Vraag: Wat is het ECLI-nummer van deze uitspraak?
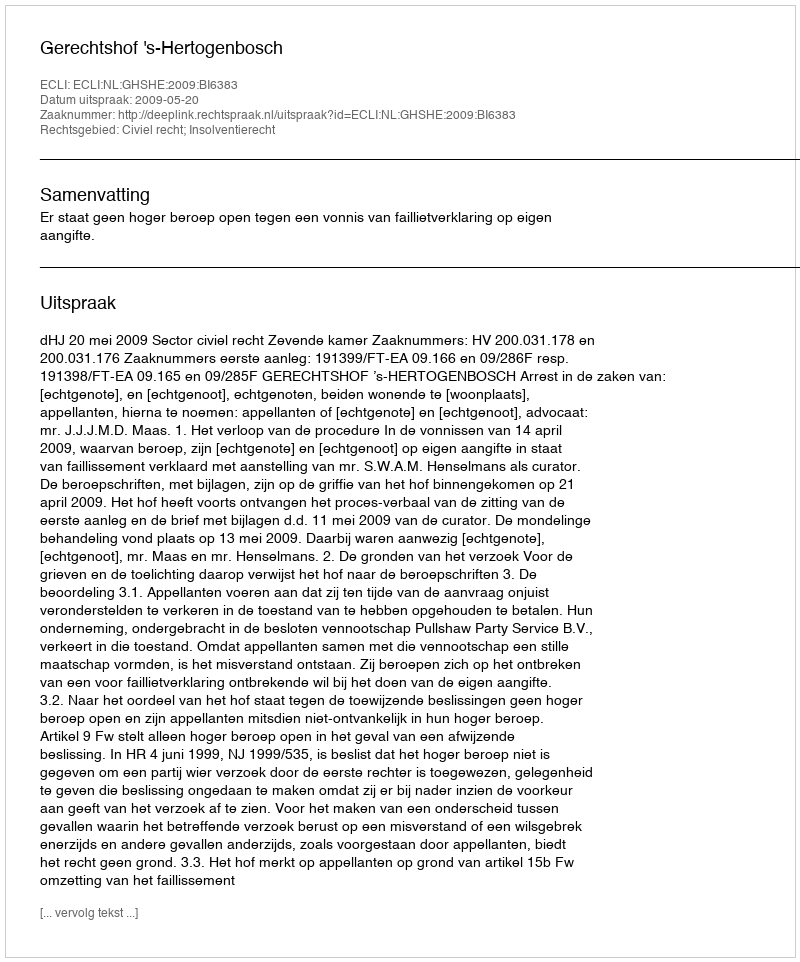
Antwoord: ECLI:NL:GHSHE:2009:BI6383